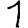
Digit: 1